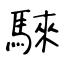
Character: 騋